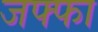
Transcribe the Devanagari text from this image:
जफ्फा